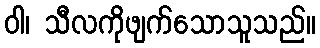
ဝါ၊ သီလကိုဖျက်သောသူသည်။